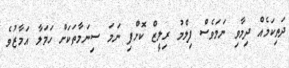
ދަތިކަމެއް ދިމާވި ނަމަވެސް ފިލްމު ރިލީޒް ކޮށްފި ނަމަ ސިނަމާތަކަށް ހަމަލާ އަމާޒުވެ